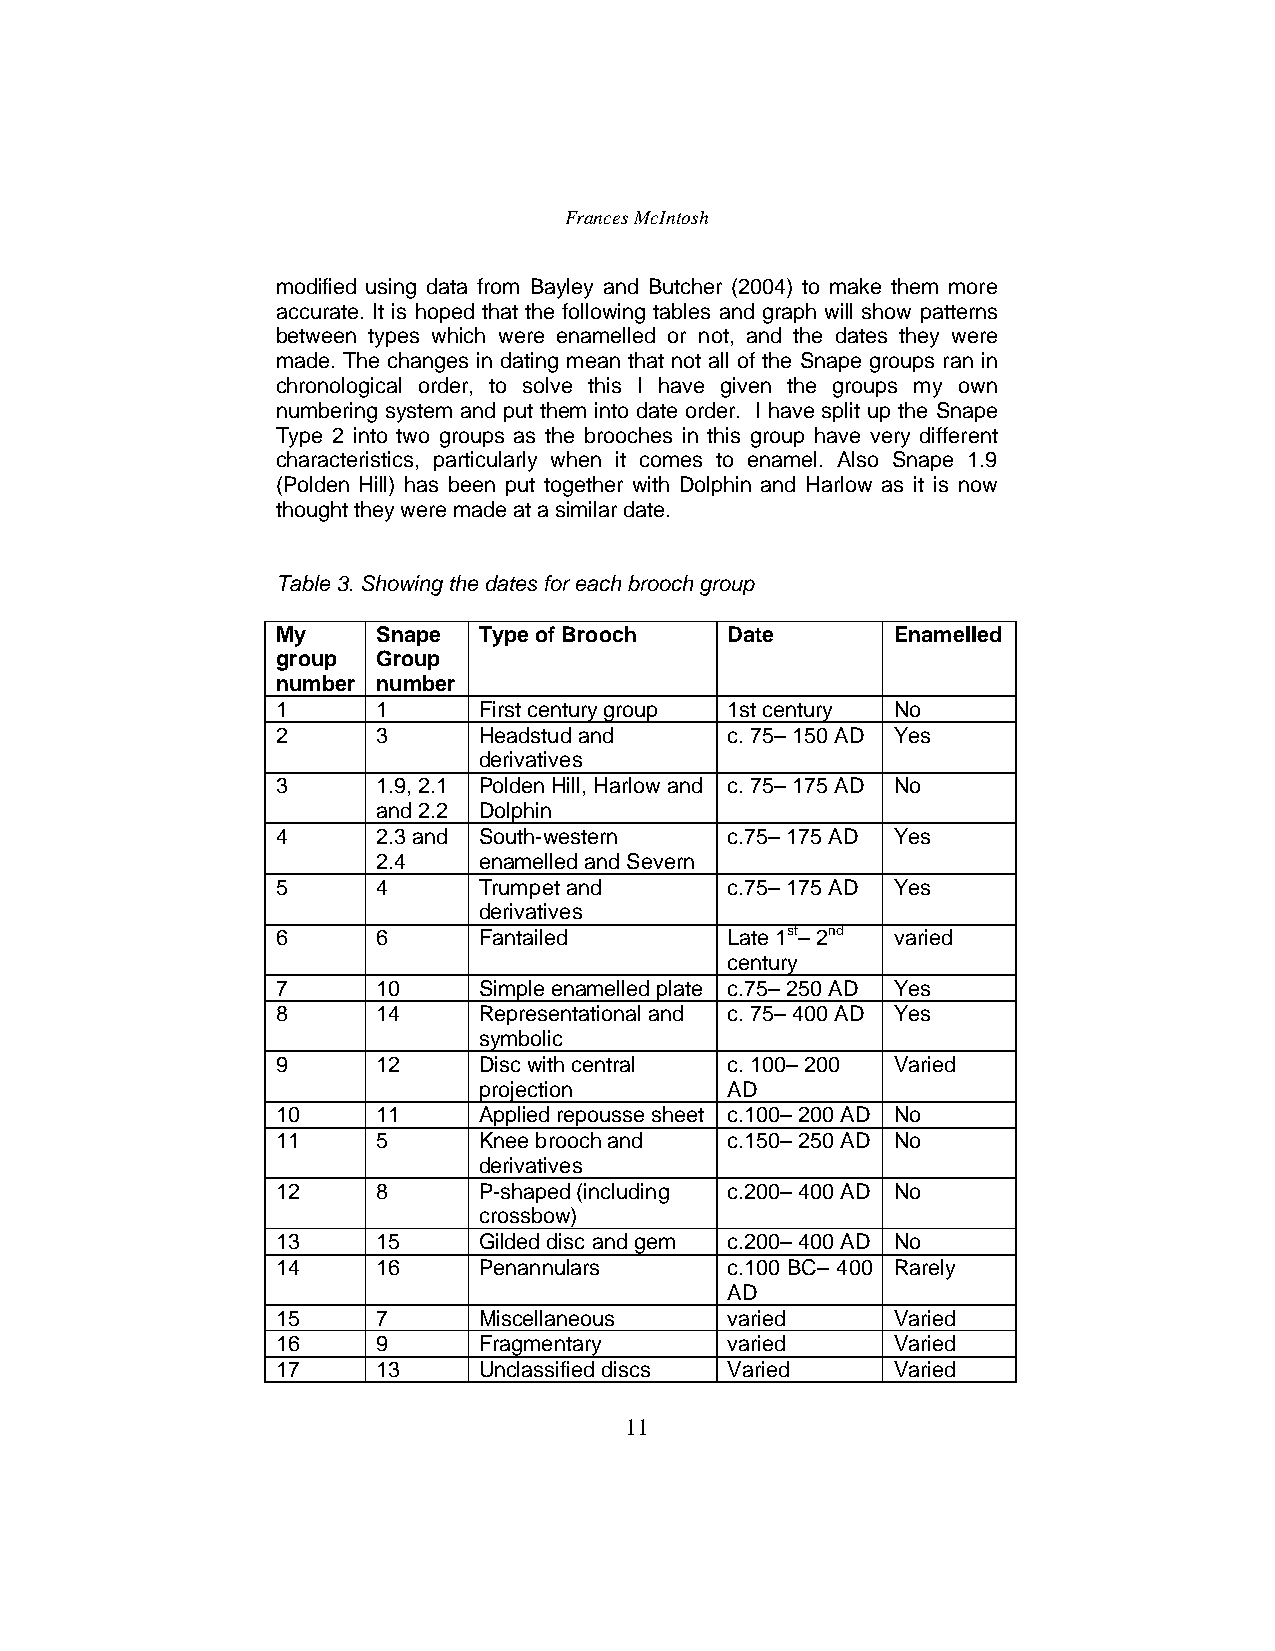
Frances McIntosh
 modified using data from Bayley and Butcher (2004) to make them more
 accurate. It is hoped that the following tables and graph will show patterns
 between types which were enamelled or not, and the dates they were
 made. The changes in dating mean that not all of the Snape groups ran in
 chronological order, to solve this I have given the groups my own
 numbering system and put them into date order. I have split up the Snape
 Type 2 into two groups as the brooches in this group have very different
 characteristics, particularly when it comes to enamel. Also Snape 1.9
 (Polden Hill) has been put together with Dolphin and Harlow as it is now
 thought they were made at a similar date.
 Table 3. Showing the dates for each brooch group
 My     Snape  Type of Brooch  Date       Enamelled
 group  Group
 number number
 1      1      First century group 1st century No
 2      3      Headstud and    c. 75–150 AD Yes
 derivatives
 3      1.9, 2.1 Polden Hill, Harlow and c. 75–175 AD No
 and 2.2 Dolphin
 4      2.3 and South-western  c.75–175 AD Yes
 2.4    enamelled and Severn
 5      4      Trumpet and     c.75–175 AD Yes
 derivatives
 6      6      Fantailed       Late 1st–2nd varied
 century
 7      10     Simple enamelled plate c.75–250 AD Yes
 8      14     Representational and c. 75–400 AD Yes
 symbolic
 9      12     Disc with central c. 100–200 Varied
 projection      AD
 10     11     Applied repousse sheet c.100–200 AD No
 11     5      Knee brooch and c.150–250 AD No
 derivatives
 12     8      P-shaped (including c.200–400 AD No
 crossbow)
 13     15     Gilded disc and gem c.200–400 AD No
 14     16     Penannulars     c.100 BC– 400 Rarely
 AD
 15     7      Miscellaneous   varied     Varied
 16     9      Fragmentary     varied     Varied
 17     13     Unclassified discs Varied  Varied
 11